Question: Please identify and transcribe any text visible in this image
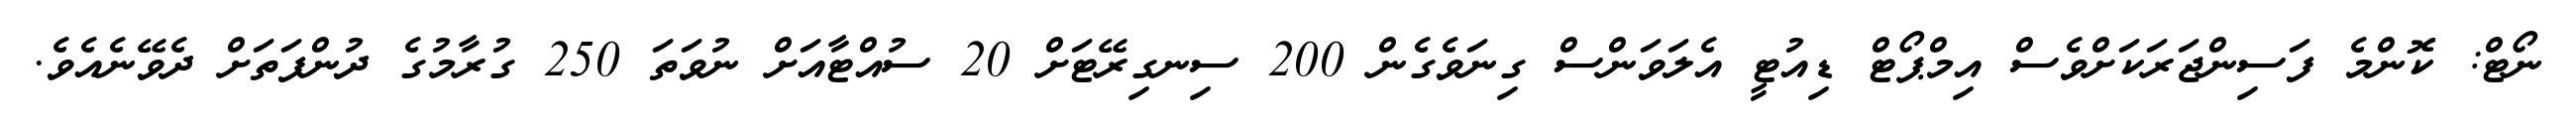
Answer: ނޯޓް: ކޮންމެ ފަސިންޖަރަކަށްވެސް އިމްޕޯޓް ޑިއުޓީ އެލަވަންސް ގިނަވެގެން 200 ސިނގިރޭޓަށް 20 ސުއްޓާއަށް ނުވަތަ 250 ގުރާމުގެ ދުންފަތަށް ދެވޭނެއެވެ.